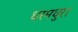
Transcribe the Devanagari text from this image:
धरमधुर।